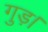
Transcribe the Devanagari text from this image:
गुड़।